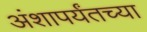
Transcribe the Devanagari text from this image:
अंशापर्यंतच्या